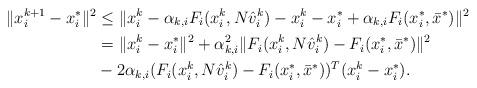
LaTeX: \begin{align*} \|x^{k+1}_i - x^*_i\|^2 & \leq \|x_i^k-\alpha_{k,i} F_i(x_i^k,N\hat v^k_i) - x^k_i - x^*_i + \alpha_{k,i} F_i(x^*_i,\bar x^*)\|^2 \\ & = \|x_i^k-x^*_i \|^2 + \alpha_{k,i}^2\| F_i(x_i^k,N\hat v^k_i) -F_i(x^*_i,\bar x^*) \|^2 \cr &-2\alpha_{k,i} (F_i(x_i^k,N\hat v^k_i) -F_i(x^*_i,\bar x^*))^T(x^k_i-x^*_i).\end{align*}